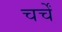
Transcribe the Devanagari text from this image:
चर्चें